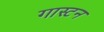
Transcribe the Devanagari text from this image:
गास्टन